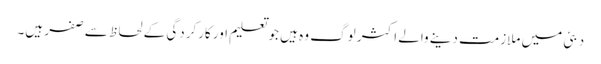
دبئی میں ملازمت دینے والے اکثر لوگ وہ ہیں جو تعلیم اور کارکردگی کے لحاظ سے صفر ہیں۔